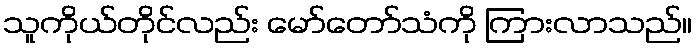
သူကိုယ်တိုင်လည်း မော်တော်သံကို ကြားလာသည်။